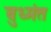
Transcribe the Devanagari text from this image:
बुध्मंत